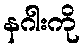
နဂါးကို